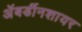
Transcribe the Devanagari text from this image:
अॅबर्डीनशायर